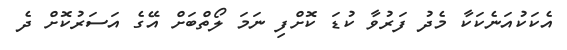
އެކަކުއަނެކަކާ މެދު ފަރުވާ ކުޑަ ކޮށްފި ނަމަ ލޯތްބަށް އޭގެ އަސަރުކޮށް ދެ